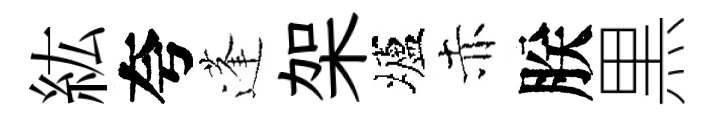
紘夸蓬架壚赤朕黒